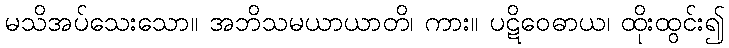
မသိအပ်သေးသော။ အဘိသမယာယာတိ၊ ကား။ ပဋိဝေဓာယ၊ ထိုးထွင်း၍